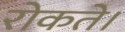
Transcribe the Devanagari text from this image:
रोकते।